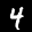
Label: 4